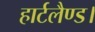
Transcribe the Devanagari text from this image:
हार्टलैण्ड।